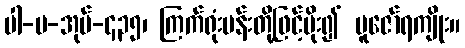
ပါ-ပ-အုပ်-၄၃၅၊ ကြက်ရုံးပန်းတို့ဖြင့်မိုး၍ ပူဇော်ရကျိုး။